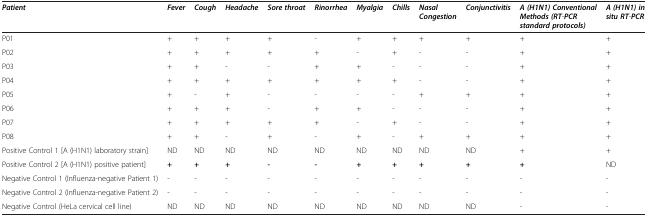
| Patient | Fever | Cough | Headache | Sore throat | Rinorrhea | Myalgia | Chills | Nasal Congestion | Conjunctivitis | A(H1N1)Conventional Methods(RT-PCR standard protocols) | A(H1N1)in situ RT-PCR |
 | --- | --- | --- | --- | --- | --- | --- | --- | --- | --- | --- | --- |
 | P01 | + | + | + | + | - | + | + | + | + | + | + |
 | P02 | + | + | + | + | + | - | + | - | - | + | + |
 | P03 | + | + | - | - | + | + | - | - | - | + | + |
 | P04 | + | + | + | + | + | + | + | - | - | + | + |
 | P05 | + | - | + | - | - | - | - | + | + | + | + |
 | P06 | + | + | + | - | + | + | - | - | - | + | + |
 | P07 | + | + | + | + | + | - | + | - | - | + | + |
 | P08 | + | + | - | + | - | + | - | + | + | + | + |
 | Positive Control 1 [A (H1N1) laboratory strain] | ND | ND | ND | ND | ND | ND | ND | ND | ND | + | + |
 | Positive Control 2 [A (H1N1) positive patient] | + | + | + | - | - | + | + | + | + | + | ND |
 | Negative Control 1 (Influenza-negative Patient 1) | - | - | - | - | - | - | - | - | - | - | - |
 | Negative Control 2 (Influenza-negative Patient 2) | - | - | - | - | - | - | - | - | - | - | - |
 | Negative Control (HeLa cervical cell line) | ND | ND | ND | ND | ND | ND | ND | ND | ND | - | - |